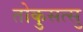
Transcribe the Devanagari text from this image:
तोकुसत्सु